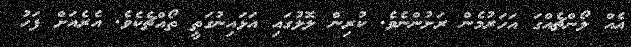
އެއް ލޯންޗެއްގަ އަހަރުމެން ރަށުންނެވެ. ކުރިން ލޮލުގައި އަޅައިނުގަތީ ތޯއްޗެކެވެ. އެރެއަށް ފަހު